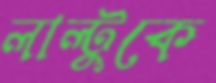
লাল্টুকে